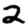
Digit: 2